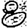
Digit: 8